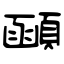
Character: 顄